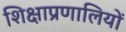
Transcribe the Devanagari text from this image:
शिक्षाप्रणालियों